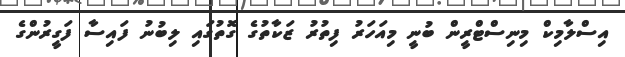
އިސްލާމިކް މިނިސްޓްރީން ބުނީ މިއަހަރު ފިތުރު ޒަކާތުގެ ގޮތުގައި ލިބުނު ފައިސާ ފަގީރުންގެ